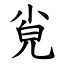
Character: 㝸